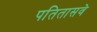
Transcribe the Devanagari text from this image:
पतितासवे